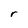
Character: r